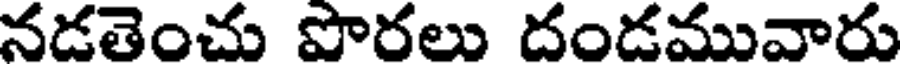
నడతెంచు పొరలు దండమువారు